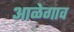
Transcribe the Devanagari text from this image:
आळेगाव